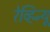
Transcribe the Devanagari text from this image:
रेव्हिन्यू